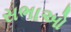
સભાઓ